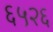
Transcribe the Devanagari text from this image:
६५२६